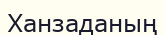
Ханзаданың